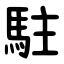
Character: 駐